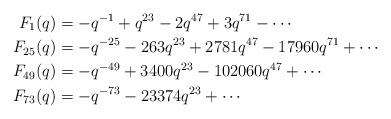
LaTeX: \begin{align*}F_1(q) &= -q^{-1} + q^{23} - 2q^{47} + 3q^{71} - \cdots\\F_{25}(q) &= -q^{-25} - 263 q^{23} + 2781q^{47} - 17960q^{71} + \cdots\\F_{49}(q)&= -q^{-49} + 3400q^{23} - 102060q^{47} + \cdots\\F_{73}(q) &= -q^{-73} -23374q^{23}+\cdots\\\end{align*}